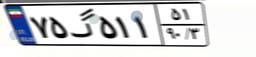
۷۵گ۵۱۱۵۱